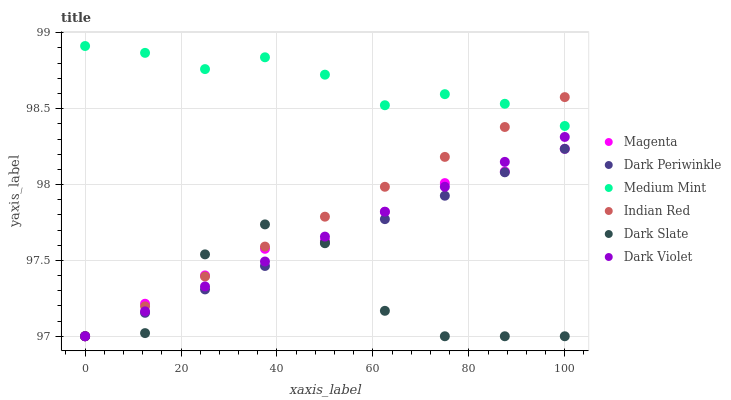
| xaxis_label | Magenta | Dark Periwinkle | Medium Mint | Indian Red | Dark Slate | Dark Violet |
 | --- | --- | --- | --- | --- | --- | --- |
 | 0 | 97 | 97 | 98.9 | 97 | 97 | 97 |
 | 12.5 | 97.2 | 97.2 | 98.9 | 97.2 | 97 | 97.2 |
 | 25 | 97.4 | 97.3 | 98.8 | 97.4 | 97.5 | 97.3 |
 | 37.5 | 97.6 | 97.5 | 98.8 | 97.6 | 97.7 | 97.5 |
 | 50 | 97.6 | 97.6 | 98.7 | 97.8 | 97.6 | 97.7 |
 | 62.5 | 97.8 | 97.8 | 98.5 | 98 | 97.2 | 97.8 |
 | 75 | 98 | 97.9 | 98.6 | 98.2 | 97 | 98 |
 | 87.5 | 98.1 | 98.1 | 98.5 | 98.4 | 97 | 98.1 |
 | 100 | 98.2 | 98.2 | 98.4 | 98.6 | 97 | 98.3 |